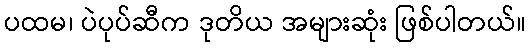
ပထမ၊ ပဲပုပ်ဆီက ဒုတိယ အများဆုံး ဖြစ်ပါတယ်။